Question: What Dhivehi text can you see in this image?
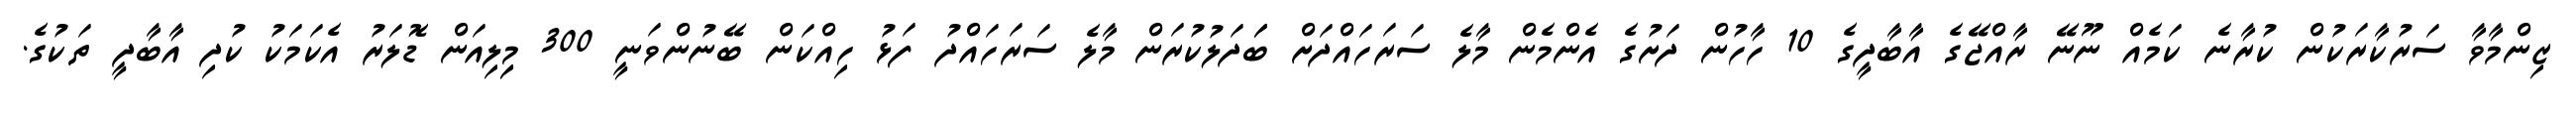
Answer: ޒިންމާވާ ސަރުކާރަކުން ކުރާނެ ކަމެއް ނޫނޭ ރާއްޖޭގެ އާބާދީގެ 10 ހާހުން ދަށުގެ އެންމެން މާލެ ސަރަހައްދަށް ބަަދަލުކުރަން މާލެ ސަރަހައްދު ފަޅު ހިއްކަން ބޭނުންވަނީ 300 މިިލިއަން ޑޮލަރު އެކަމަކު ކުދި އާބާދީ ތަކުގެ.